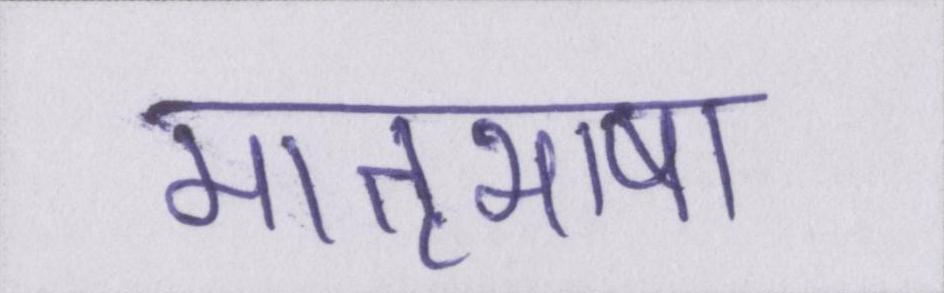
मातृभाषा